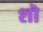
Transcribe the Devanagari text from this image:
शॊ